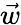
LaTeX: \vec{w}